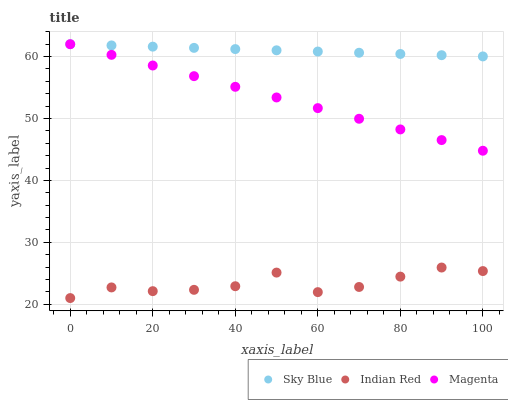
| xaxis_label | Sky Blue | Indian Red | Magenta |
 | --- | --- | --- | --- |
 | 0 | 62 | 21 | 62 |
 | 10 | 61.8 | 22.7 | 60.3 |
 | 20 | 61.6 | 22.1 | 58.6 |
 | 30 | 61.4 | 22.3 | 56.8 |
 | 40 | 61.2 | 22.9 | 55.1 |
 | 50 | 61 | 25.1 | 53.4 |
 | 60 | 60.8 | 22 | 51.7 |
 | 70 | 60.6 | 22.8 | 50 |
 | 80 | 60.4 | 24.5 | 48.2 |
 | 90 | 60.2 | 25.9 | 46.5 |
 | 100 | 60 | 25.4 | 44.8 |